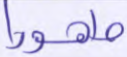
طهورا